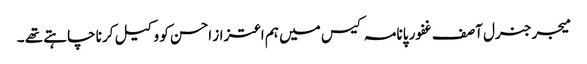
میجر جنرل آصف غفور پانامہ کیس میں ہم اعتزاز احسن کو وکیل کرنا چاہتے تھے ۔